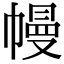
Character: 幔